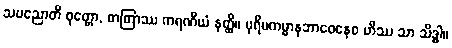
သပညောတိ ဝုတ္တော, တတြာဿ ကရဏီယံ နတ္ထိ။ ပုရိမကမ္မာနုဘာဝေနေဝ ဟိဿ သာ သိဒ္ဓါ။